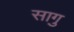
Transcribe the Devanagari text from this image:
सागु